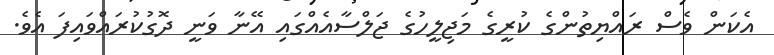
އެކަން ވެސް ރައްޔިތުންގެ ކުރީގެ މަޖިލީހުގެ ޖަލްސާއެއްގައި އޭނާ ވަނީ ދޮގުކުރައްވައިފަ އެވެ.